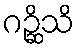
ဂဉ္ဆိသိ